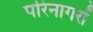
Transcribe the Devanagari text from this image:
परिनागरों